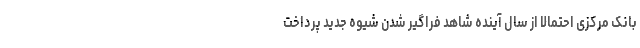
بانک مرکزی احتمالاً از سال آینده شاهد فراگیر شدن شیوه جدید پرداخت